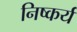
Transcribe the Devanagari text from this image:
निष्कर्य